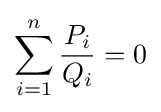
\sum _{i=1}^{n}{\frac {P_{i}}{Q_{i}}}=0